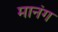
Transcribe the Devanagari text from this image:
मानंग